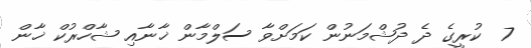
7  ކުރީގެ ދެ ދުޝްމަނުން ކަމަށްވާ ސަލްމާން ޚާނާއި ޝާހްރުކް ޚާން